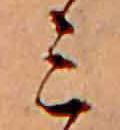
ミ